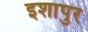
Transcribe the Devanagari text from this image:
इशापुर